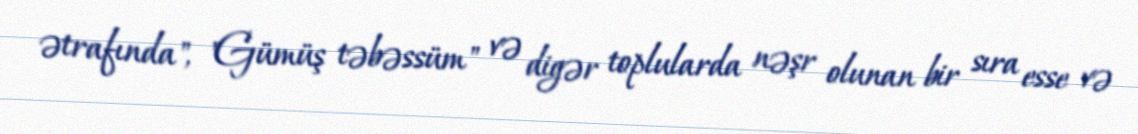
ətrafında", "Gümüş təbəssüm" və digər toplularda nəşr olunan bir sıra esse və